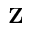
\textbf { Z }